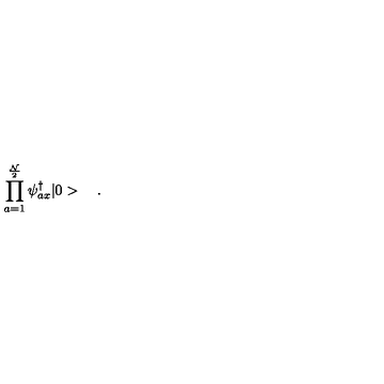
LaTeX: \prod _ { a = 1 } ^ { \frac { \cal N } { 2 } } \psi _ { a x } ^ { \dagger } | 0 > \quad .